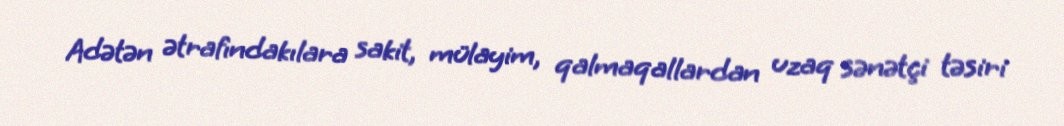
Adətən ətrafındakılara sakit, mülayim, qalmaqallardan uzaq sənətçi təsiri